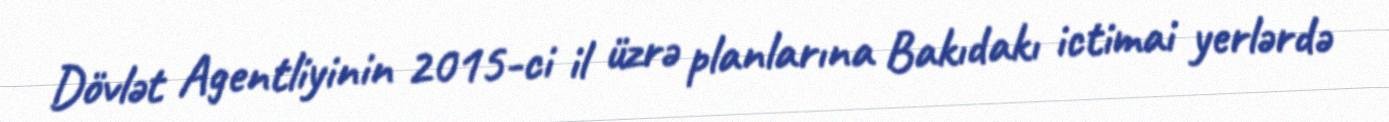
Dövlət Agentliyinin 2015-ci il üzrə planlarına Bakıdakı ictimai yerlərdə